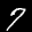
Label: 7